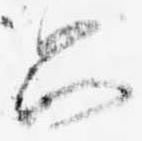
只